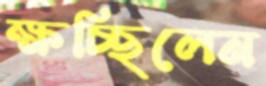
ক্ষচ্ছিলেন